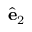
\hat { \mathbf { e } } _ { 2 }